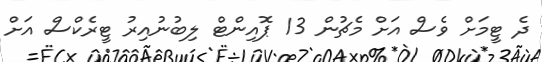
ދެ ޓީމަށް ވެސް އަށް މެޗުން 13 ޕޮއިންޓް ލިބުނުއިރު ޓީރެކްސް އަށް